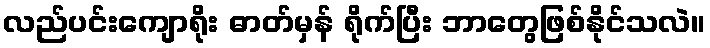
လည်ပင်းကျောရိုး ဓာတ်မှန် ရိုက်ပြီး ဘာတွေဖြစ်နိုင်သလဲ။